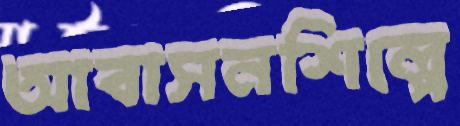
আবাসনশিল্পে